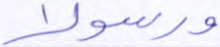
ورسولا